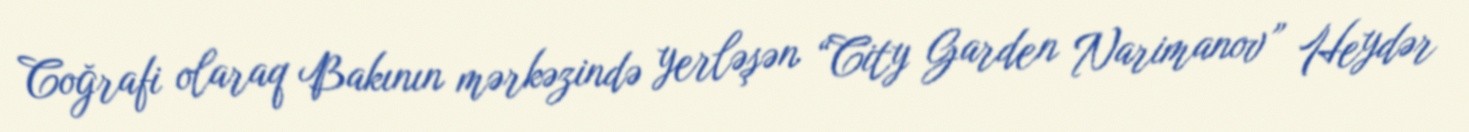
Coğrafi olaraq Bakının mərkəzində yerləşən “City Garden Narimanov” Heydər